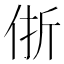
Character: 㑜